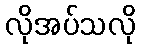
လိုအပ်သလို